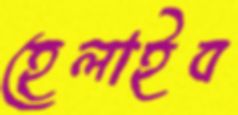
হেলাইব